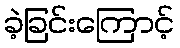
ခဲ့ခြင်းကြောင့်